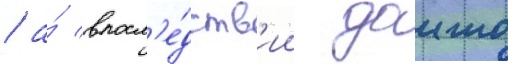
/ а́ впосл'е́дств'ии даиго